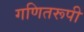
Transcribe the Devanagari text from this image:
गणितरूपी